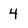
Character: 4